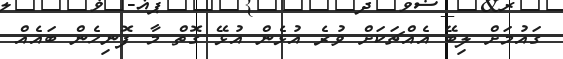
ގައުމަށް ލިބޭ އެއްޗަކަށް ވުރެ އުޅެން އުޅޭ ގޮތް މާ ފޮނިހެން ބައެއް